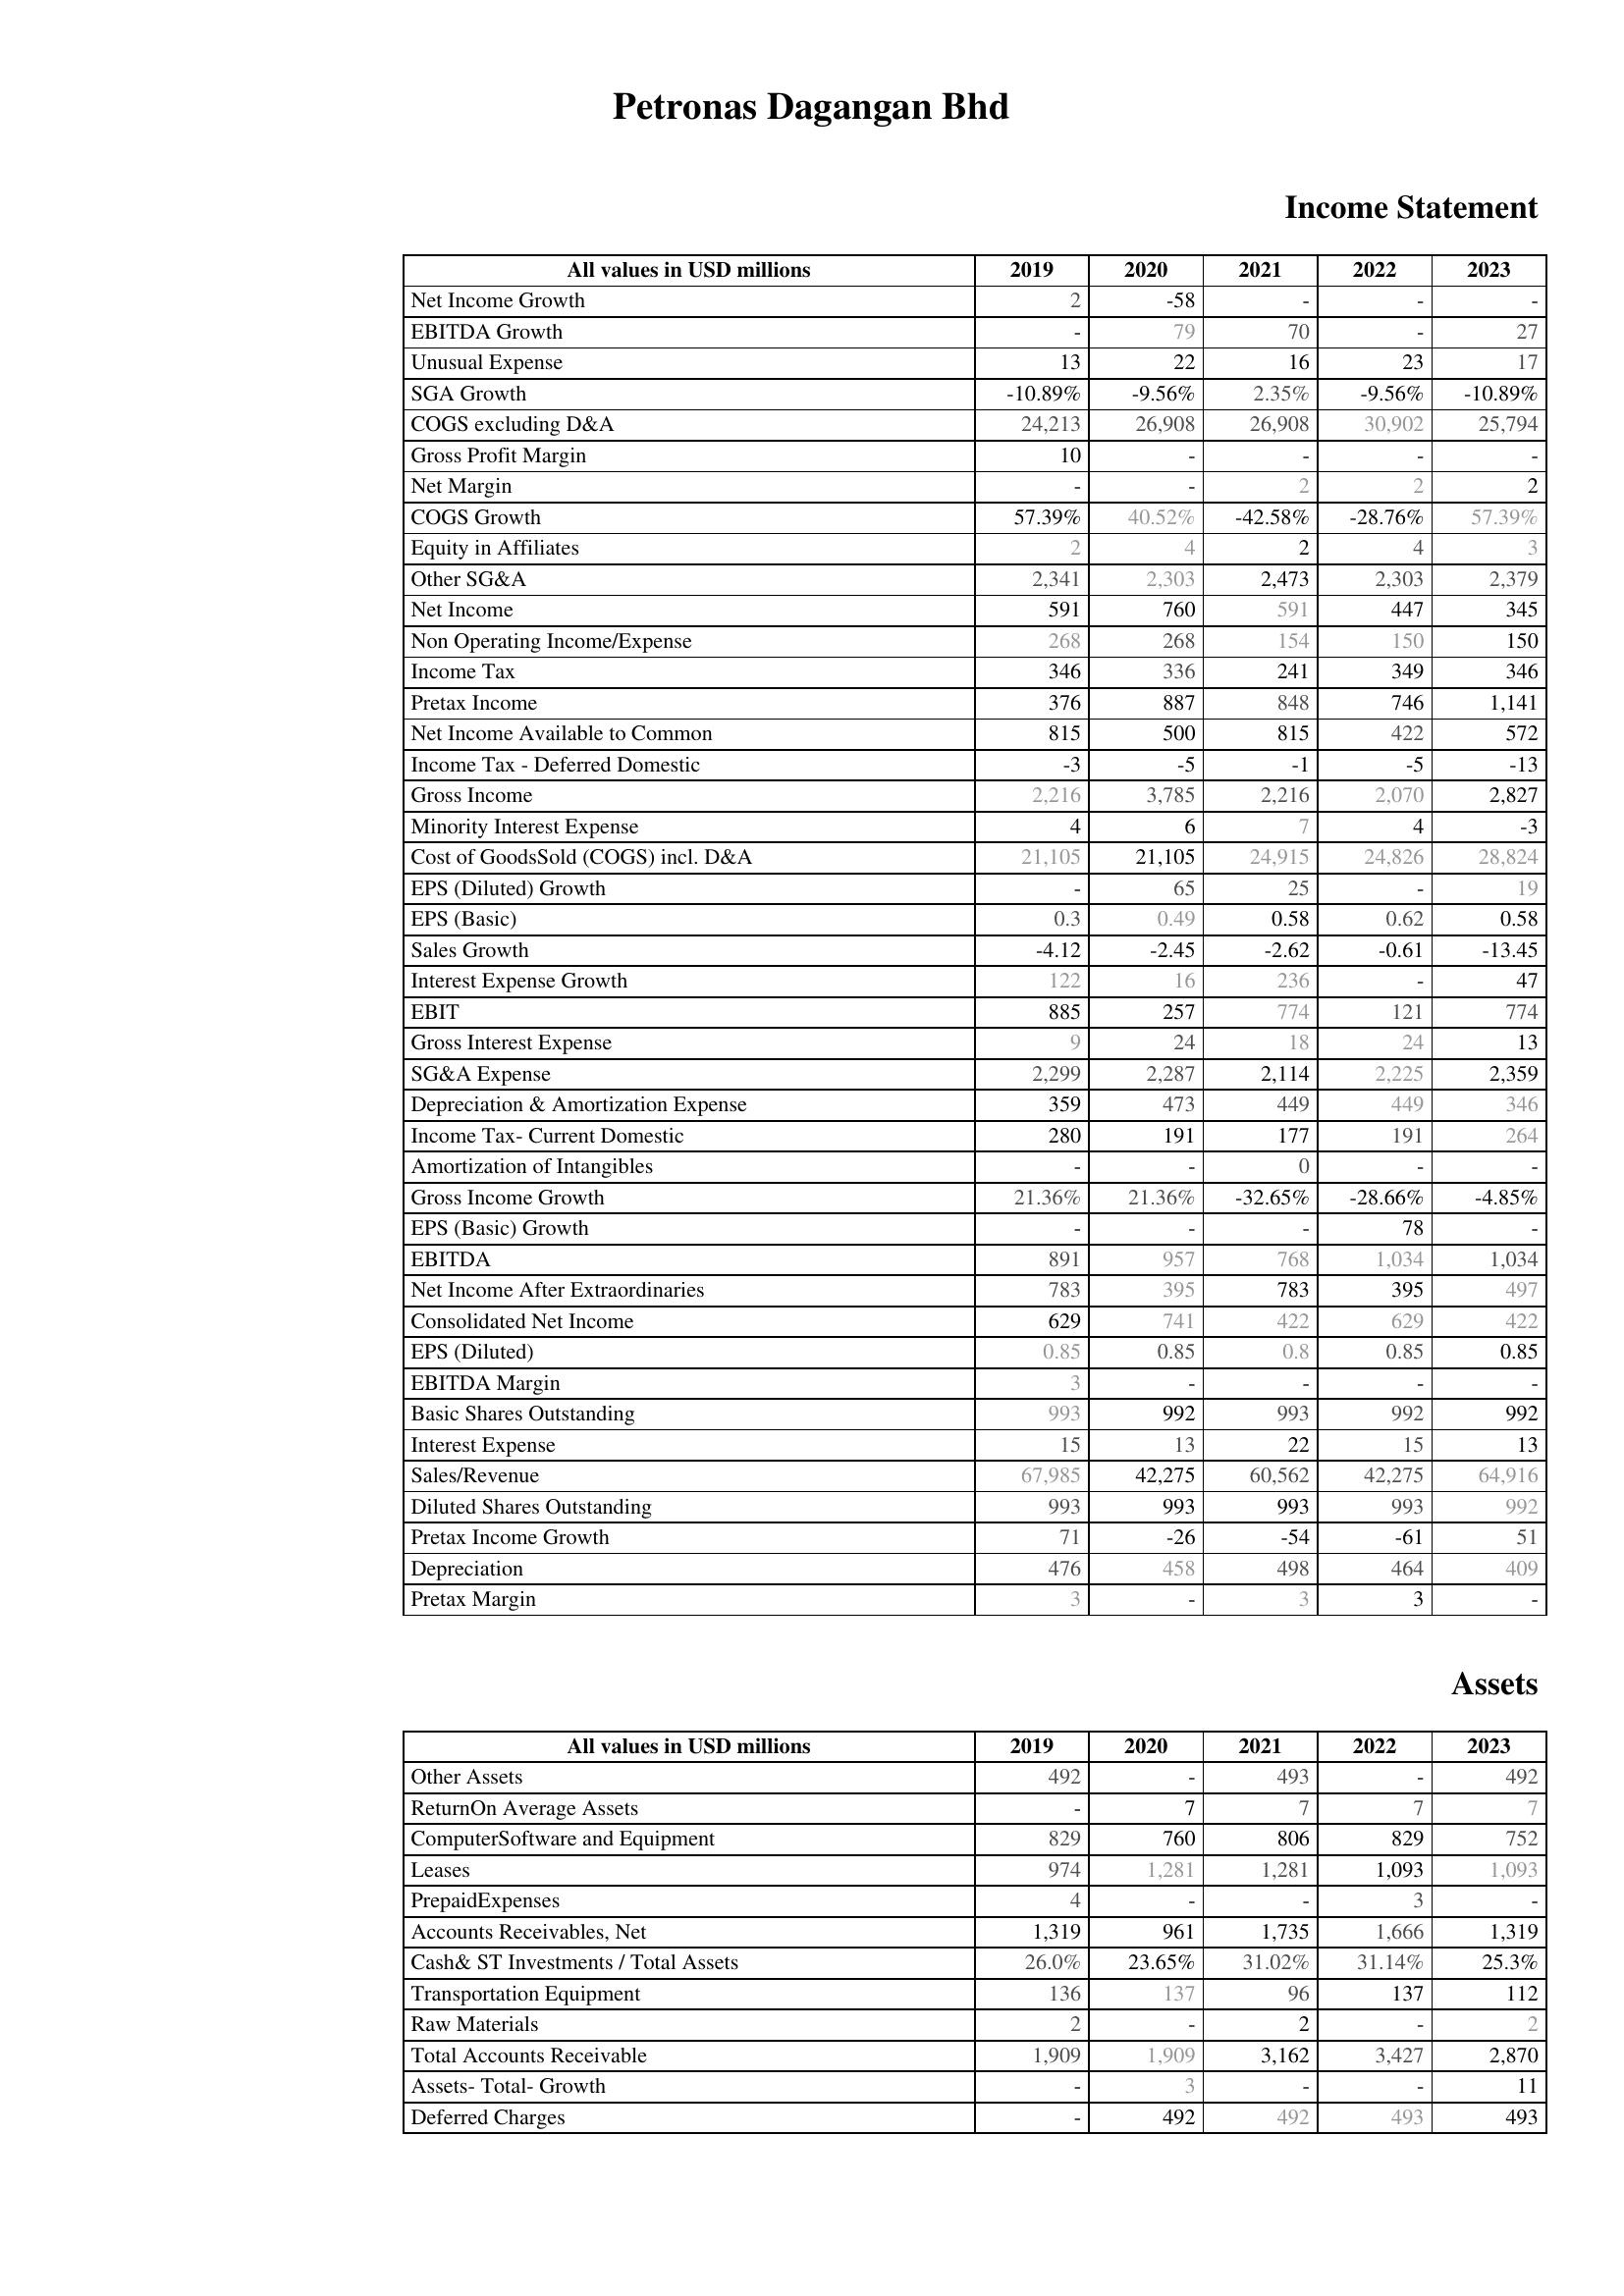
2019: Income Statement: Net Income Growth: 2
EBITDA Growth: -
Unusual Expense: 13
SGA Growth: -10.89%
COGS excluding D&A: 24,213
Gross Profit Margin: 10
Net Margin: -
COGS Growth: 57.39%
Equity in Affiliates: 2
Other SG&A: 2,341
Net Income: 591
Non Operating Income/Expense: 268
Income Tax: 346
Pretax Income: 376
Net Income Available to Common: 815
Income Tax - Deferred Domestic: -3
Gross Income: 2,216
Minority Interest Expense: 4
Cost of GoodsSold (COGS) incl. D&A: 21,105
EPS (Diluted) Growth: -
EPS (Basic): 0.3
Sales Growth: -4.12
Interest Expense Growth: 122
EBIT: 885
Gross Interest Expense: 9
SG&A Expense: 2,299
Depreciation & Amortization Expense: 359
Income Tax- Current Domestic: 280
Amortization of Intangibles: -
Gross Income Growth: 21.36%
EPS (Basic) Growth: -
EBITDA: 891
Net Income After Extraordinaries: 783
Consolidated Net Income: 629
EPS (Diluted): 0.85
EBITDA Margin: 3
Basic Shares Outstanding: 993
Interest Expense: 15
Sales/Revenue: 67,985
Diluted Shares Outstanding: 993
Pretax Income Growth: 71
Depreciation: 476
Pretax Margin: 3
Assets: Other Assets: 492
ReturnOn Average Assets: -
ComputerSoftware and Equipment: 829
Leases: 974
PrepaidExpenses: 4
Accounts Receivables, Net: 1,319
Cash& ST Investments / Total Assets: 26.0%
Transportation Equipment: 136
Raw Materials: 2
Total Accounts Receivable: 1,909
Assets- Total- Growth: -
Deferred Charges: -
2020: Income Statement: Net Income Growth: -58
EBITDA Growth: 79
Unusual Expense: 22
SGA Growth: -9.56%
COGS excluding D&A: 26,908
Gross Profit Margin: -
Net Margin: -
COGS Growth: 40.52%
Equity in Affiliates: 4
Other SG&A: 2,303
Net Income: 760
Non Operating Income/Expense: 268
Income Tax: 336
Pretax Income: 887
Net Income Available to Common: 500
Income Tax - Deferred Domestic: -5
Gross Income: 3,785
Minority Interest Expense: 6
Cost of GoodsSold (COGS) incl. D&A: 21,105
EPS (Diluted) Growth: 65
EPS (Basic): 0.49
Sales Growth: -2.45
Interest Expense Growth: 16
EBIT: 257
Gross Interest Expense: 24
SG&A Expense: 2,287
Depreciation & Amortization Expense: 473
Income Tax- Current Domestic: 191
Amortization of Intangibles: -
Gross Income Growth: 21.36%
EPS (Basic) Growth: -
EBITDA: 957
Net Income After Extraordinaries: 395
Consolidated Net Income: 741
EPS (Diluted): 0.85
EBITDA Margin: -
Basic Shares Outstanding: 992
Interest Expense: 13
Sales/Revenue: 42,275
Diluted Shares Outstanding: 993
Pretax Income Growth: -26
Depreciation: 458
Pretax Margin: -
Assets: Other Assets: -
ReturnOn Average Assets: 7
ComputerSoftware and Equipment: 760
Leases: 1,281
PrepaidExpenses: -
Accounts Receivables, Net: 961
Cash& ST Investments / Total Assets: 23.65%
Transportation Equipment: 137
Raw Materials: -
Total Accounts Receivable: 1,909
Assets- Total- Growth: 3
Deferred Charges: 492
2021: Income Statement: Net Income Growth: -
EBITDA Growth: 70
Unusual Expense: 16
SGA Growth: 2.35%
COGS excluding D&A: 26,908
Gross Profit Margin: -
Net Margin: 2
COGS Growth: -42.58%
Equity in Affiliates: 2
Other SG&A: 2,473
Net Income: 591
Non Operating Income/Expense: 154
Income Tax: 241
Pretax Income: 848
Net Income Available to Common: 815
Income Tax - Deferred Domestic: -1
Gross Income: 2,216
Minority Interest Expense: 7
Cost of GoodsSold (COGS) incl. D&A: 24,915
EPS (Diluted) Growth: 25
EPS (Basic): 0.58
Sales Growth: -2.62
Interest Expense Growth: 236
EBIT: 774
Gross Interest Expense: 18
SG&A Expense: 2,114
Depreciation & Amortization Expense: 449
Income Tax- Current Domestic: 177
Amortization of Intangibles: 0
Gross Income Growth: -32.65%
EPS (Basic) Growth: -
EBITDA: 768
Net Income After Extraordinaries: 783
Consolidated Net Income: 422
EPS (Diluted): 0.8
EBITDA Margin: -
Basic Shares Outstanding: 993
Interest Expense: 22
Sales/Revenue: 60,562
Diluted Shares Outstanding: 993
Pretax Income Growth: -54
Depreciation: 498
Pretax Margin: 3
Assets: Other Assets: 493
ReturnOn Average Assets: 7
ComputerSoftware and Equipment: 806
Leases: 1,281
PrepaidExpenses: -
Accounts Receivables, Net: 1,735
Cash& ST Investments / Total Assets: 31.02%
Transportation Equipment: 96
Raw Materials: 2
Total Accounts Receivable: 3,162
Assets- Total- Growth: -
Deferred Charges: 492
2022: Income Statement: Net Income Growth: -
EBITDA Growth: -
Unusual Expense: 23
SGA Growth: -9.56%
COGS excluding D&A: 30,902
Gross Profit Margin: -
Net Margin: 2
COGS Growth: -28.76%
Equity in Affiliates: 4
Other SG&A: 2,303
Net Income: 447
Non Operating Income/Expense: 150
Income Tax: 349
Pretax Income: 746
Net Income Available to Common: 422
Income Tax - Deferred Domestic: -5
Gross Income: 2,070
Minority Interest Expense: 4
Cost of GoodsSold (COGS) incl. D&A: 24,826
EPS (Diluted) Growth: -
EPS (Basic): 0.62
Sales Growth: -0.61
Interest Expense Growth: -
EBIT: 121
Gross Interest Expense: 24
SG&A Expense: 2,225
Depreciation & Amortization Expense: 449
Income Tax- Current Domestic: 191
Amortization of Intangibles: -
Gross Income Growth: -28.66%
EPS (Basic) Growth: 78
EBITDA: 1,034
Net Income After Extraordinaries: 395
Consolidated Net Income: 629
EPS (Diluted): 0.85
EBITDA Margin: -
Basic Shares Outstanding: 992
Interest Expense: 15
Sales/Revenue: 42,275
Diluted Shares Outstanding: 993
Pretax Income Growth: -61
Depreciation: 464
Pretax Margin: 3
Assets: Other Assets: -
ReturnOn Average Assets: 7
ComputerSoftware and Equipment: 829
Leases: 1,093
PrepaidExpenses: 3
Accounts Receivables, Net: 1,666
Cash& ST Investments / Total Assets: 31.14%
Transportation Equipment: 137
Raw Materials: -
Total Accounts Receivable: 3,427
Assets- Total- Growth: -
Deferred Charges: 493
2023: Income Statement: Net Income Growth: -
EBITDA Growth: 27
Unusual Expense: 17
SGA Growth: -10.89%
COGS excluding D&A: 25,794
Gross Profit Margin: -
Net Margin: 2
COGS Growth: 57.39%
Equity in Affiliates: 3
Other SG&A: 2,379
Net Income: 345
Non Operating Income/Expense: 150
Income Tax: 346
Pretax Income: 1,141
Net Income Available to Common: 572
Income Tax - Deferred Domestic: -13
Gross Income: 2,827
Minority Interest Expense: -3
Cost of GoodsSold (COGS) incl. D&A: 28,824
EPS (Diluted) Growth: 19
EPS (Basic): 0.58
Sales Growth: -13.45
Interest Expense Growth: 47
EBIT: 774
Gross Interest Expense: 13
SG&A Expense: 2,359
Depreciation & Amortization Expense: 346
Income Tax- Current Domestic: 264
Amortization of Intangibles: -
Gross Income Growth: -4.85%
EPS (Basic) Growth: -
EBITDA: 1,034
Net Income After Extraordinaries: 497
Consolidated Net Income: 422
EPS (Diluted): 0.85
EBITDA Margin: -
Basic Shares Outstanding: 992
Interest Expense: 13
Sales/Revenue: 64,916
Diluted Shares Outstanding: 992
Pretax Income Growth: 51
Depreciation: 409
Pretax Margin: -
Assets: Other Assets: 492
ReturnOn Average Assets: 7
ComputerSoftware and Equipment: 752
Leases: 1,093
PrepaidExpenses: -
Accounts Receivables, Net: 1,319
Cash& ST Investments / Total Assets: 25.3%
Transportation Equipment: 112
Raw Materials: 2
Total Accounts Receivable: 2,870
Assets- Total- Growth: 11
Deferred Charges: 493